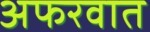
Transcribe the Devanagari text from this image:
अफरवात